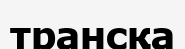
трансқа